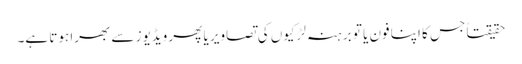
حقیقتاً جس کا اپنا فون یا تو برہنہ لڑکیوں کی تصاویر یا پھر ویڈیوز سے بھرا ہوتا ہے۔